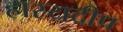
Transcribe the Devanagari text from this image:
हास्यदीप